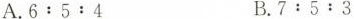
A.6:5:4 B.7:5:3